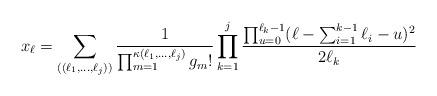
LaTeX: \begin{align*}x_{\ell}=\sum_{((\ell_1,\ldots, \ell_j))} \frac{1}{\prod_{m=1}^{\kappa(\ell_1, \ldots, \ell_j)} g_m!}\prod_{k=1}^j \frac{\prod_{u=0}^{\ell_k-1} (\ell-\sum_{i=1}^{k-1} \ell_i-u)^2}{2 \ell_k}\end{align*}